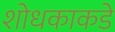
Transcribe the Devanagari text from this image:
शोधकाकडे